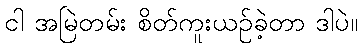
ငါ အမြဲတမ်း စိတ်ကူးယဉ်ခဲ့တာ ဒါပဲ။